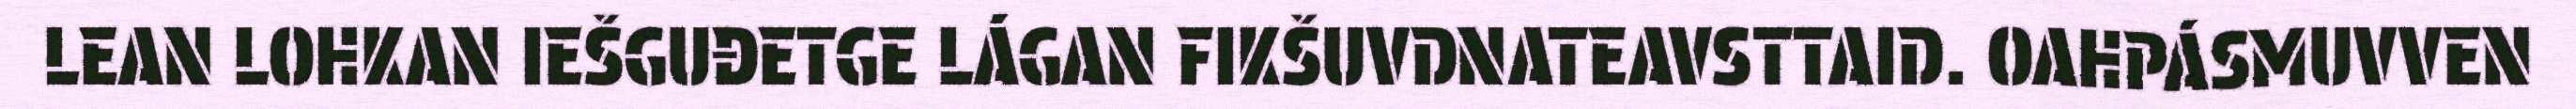
LEAN LOHKAN IEŠGUĐETGE LÁGAN FIKŠUVDNATEAVSTTAID. OAHPÁSMUVVEN